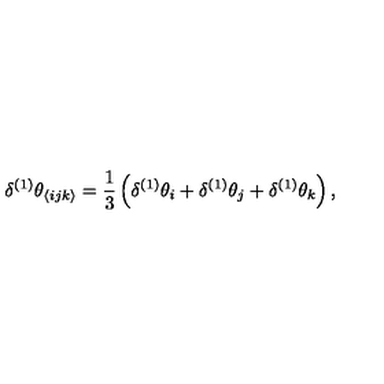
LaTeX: \delta ^ { ( 1 ) } \theta _ { \langle i j k \rangle } = \frac { 1 } { 3 } \left( \delta ^ { ( 1 ) } \theta _ { i } + \delta ^ { ( 1 ) } \theta _ { j } + \delta ^ { ( 1 ) } \theta _ { k } \right) ,